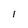
Character: l